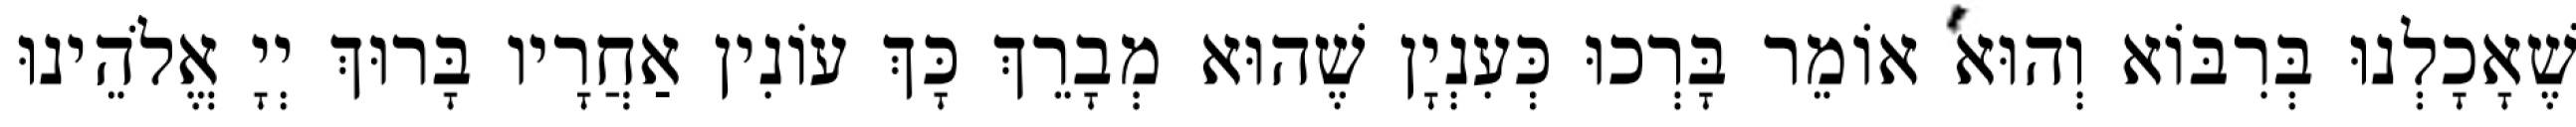
שֶׁאָכָלְנוּ בְּרִבּוֹא וְהוּא אוֹמֵר בָּרְכוּ כְּעִנְיָן שֶׁהוּא מְבָרֵךְ כָּךְ עוֹנִין אַחֲרָיו בָּרוּךְ יְיָ אֱלֹהֵינוּ